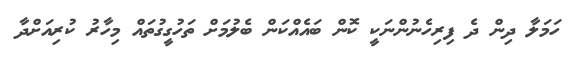
ހަމަލާ ދިން ދެ ފިރިހެނުންނަކީ ކޮން ބައެއްކަން ބެލުމަށް ތަހުގީގުތައް މިހާރު ކުރިއަށްދާ